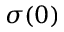
\sigma ( 0 )